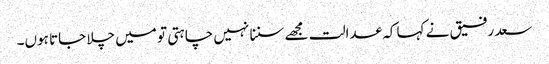
سعد رفیق نے کہا کہ عدالت مجھے سننا نہیں چاہتی تو میں چلا جاتا ہوں۔